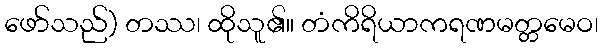
ဖော်သည်) တဿ၊ ထိုသူ၏။ တံကိရိယာကရဏမတ္တမေဝ၊